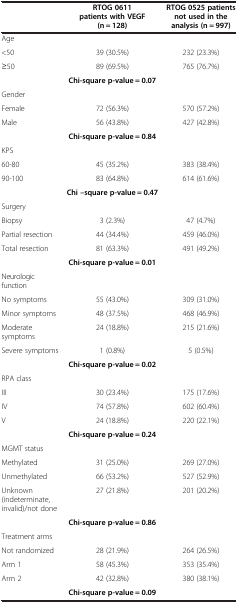
|  | RTOG 0611 patients with VEGF (n = 128) | RTOG 0525 patients not used in the analysis (n = 997) |
 | --- | --- | --- |
 | Age |  |  |
 | <50 | 39 (30.5%) | 232 (23.3%) |
 | ≥50 | 89 (69.5%) | 765 (76.7%) |
 |  | Chi-square p-value = 0.07 |  |
 | Gender |  |  |
 | Female | 72 (56.3%) | 570 (57.2%) |
 | Male | 56 (43.8%) | 427 (42.8%) |
 |  | Chi-square p-value = 0.84 |  |
 | KPS |  |  |
 | 60-80 | 45 (35.2%) | 383 (38.4%) |
 | 90-100 | 83 (64.8%) | 614 (61.6%) |
 |  | Chi –square p-value = 0.47 |  |
 | Surgery |  |  |
 | Biopsy | 3 (2.3%) | 47 (4.7%) |
 | Partial resection | 44 (34.4%) | 459 (46.0%) |
 | Total resection | 81 (63.3%) | 491 (49.2%) |
 |  | Chi-square p-value = 0.01 |  |
 | Neurologic function |  |  |
 | No symptoms | 55 (43.0%) | 309 (31.0%) |
 | Minor symptoms | 48 (37.5%) | 468 (46.9%) |
 | Moderate symptoms | 24 (18.8%) | 215 (21.6%) |
 | Severe symptoms | 1 (0.8%) | 5 (0.5%) |
 |  | Chi-square p-value = 0.02 |  |
 | RPA class |  |  |
 | III | 30 (23.4%) | 175 (17.6%) |
 | IV | 74 (57.8%) | 602 (60.4%) |
 | V | 24 (18.8%) | 220 (22.1%) |
 |  | Chi-square p-value = 0.24 |  |
 | MGMT status |  |  |
 | Methylated | 31 (25.0%) | 269 (27.0%) |
 | Unmethylated | 66 (53.2%) | 527 (52.9%) |
 | Unknown (indeterminate, invalid)/not done | 27 (21.8%) | 201 (20.2%) |
 |  | Chi-square p-value = 0.86 |  |
 | Treatment arms |  |  |
 | Not randomized | 28 (21.9%) | 264 (26.5%) |
 | Arm 1 | 58 (45.3%) | 353 (35.4%) |
 | Arm 2 | 42 (32.8%) | 380 (38.1%) |
 |  | Chi-square p-value = 0.09 |  |